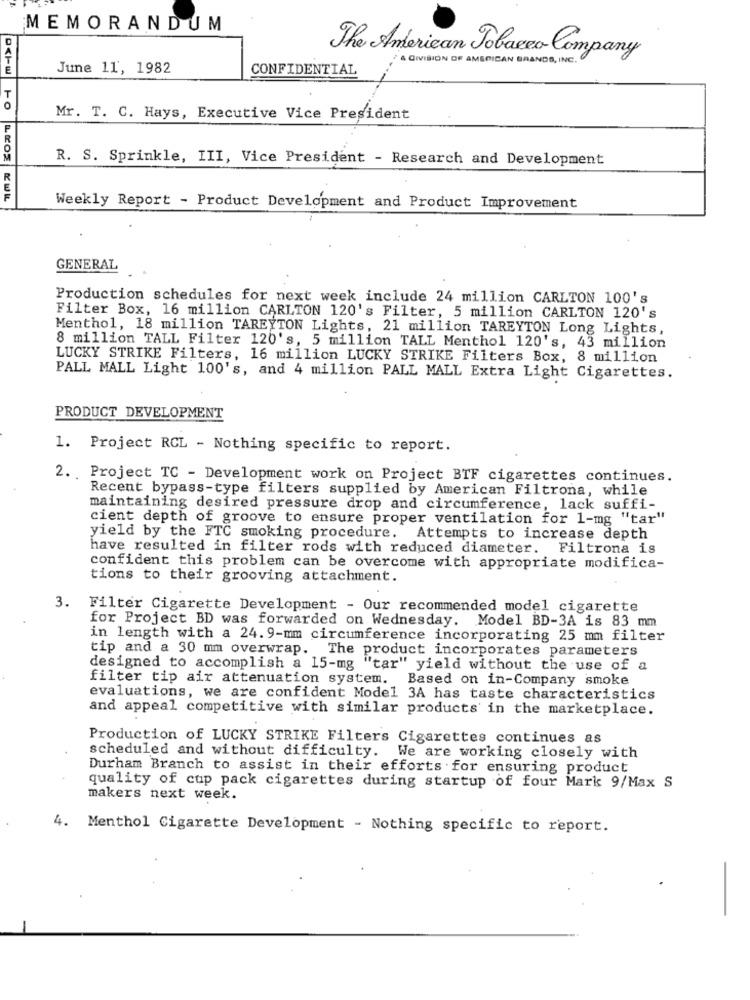
MEMORANDUM
The American Tobacco Company
& DIVISION OF AMERICAN BRANDS, INC.
E
June 11, 1982
CONFIDENTIAL
Mr. T. C. Hays, Executive Vice President
R. S. Sprinkle, III, Vice President - Research and Development
Weekly Report - Product Development and Product Improvement
GENERAL
Production schedules for next week include 24 million CARLTON 100's
Filter Box, 16 million CARLTON 120's Filter, 5 million CARLTON 120's
Menthol, 18 million TAREYTON Lights, 21 million TAREYTON Long Lights,
8 million TALL Filter 120's, 5 million TALL Menthol 120's, 43 million
LUCKY STRIKE Filters, 16 million LUCKY STRIKE Filters Box, 8 million
PALL MALL Light 100's, and 4 million PALL MALL Extra Light Cigarettes.
PRODUCT DEVELOPMENT
1. Project RCL - Nothing specific to report.
2. Project TC - Development work on Project BTF cigarettes continues.
Recent bypass-type filters supplied by American Filtrona, while
maintaining desired pressure drop and circumference, lack suffi-
cient depth of groove to ensure proper ventilation for 1-mg "tar"
yield by the FTC smoking procedure. Attempts to increase depth
have resulted in filter rods with reduced diameter. Filtrona is
confident this problem can be overcome with appropriate modifica-
tions to their grooving attachment.
3. Filter Cigarette Development - Our recommended model cigarette
for Project BD was forwarded on Wednesday. Model BD-3A is 83 mm
in length with a 24. 9-mm circumference incorporating 25 mm filter
tip and a 30 mm overwrap. The product incorporates parameters
designed to accomplish a 15-mg "tar" yield without the use of a
filter tip air attenuation system.
Based on in-Company smoke
evaluations, we are confident Model 3A has taste characteristics
and appeal competitive with similar products in the marketplace.
Production of LUCKY STRIKE Filters Cigarettes continues as
scheduled and without difficulty. We are working closely with
Durham Branch to assist in their efforts for ensuring product
quality of cup pack cigarettes during startup of four Mark 9/Max S
makers next week.
4. Menthol Cigarette Development - Nothing specific to report.